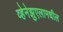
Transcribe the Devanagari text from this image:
व्हेनेझुएलामधील